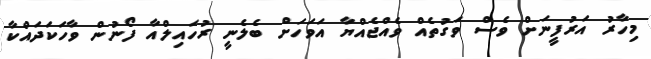
މިހާރު އަރުފީނަށް ވެސް ވަގުތެއް ވެއްޖެއްޔާ އަވަހަށް ބެލެނީ ރުހައިލްއާ ފޯނުން ވާހަކަދައްކާ